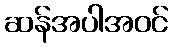
ဆန်အပါအဝင်